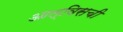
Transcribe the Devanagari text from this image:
आल्विसची